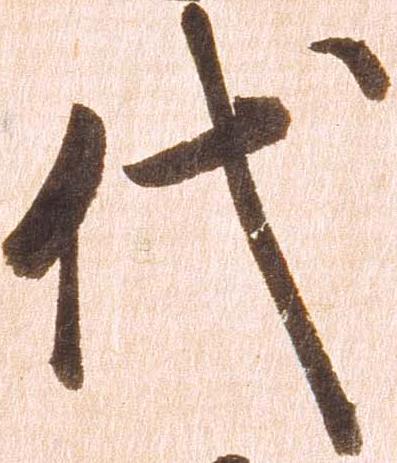
代